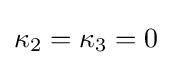
\kappa _{2}=\kappa _{3}=0